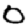
Digit: 0